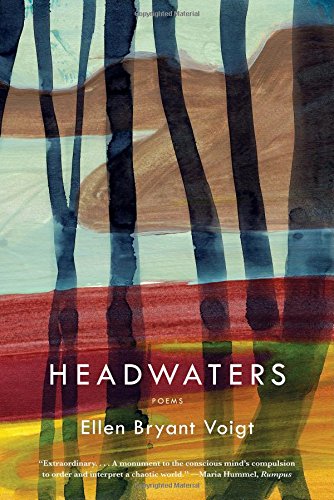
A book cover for Headwaters: Poems; Ellen Bryant Voigt; Literature & Fiction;